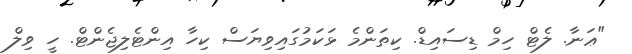
"ޢަނާ. ލެޓް ހިމް ޑިސައިޑް. ކިތަންމެ ޅަކަމުގައިވިޔަސް ކިހާ އިންޓެލިޖެންޓް. ހީ ވިލް